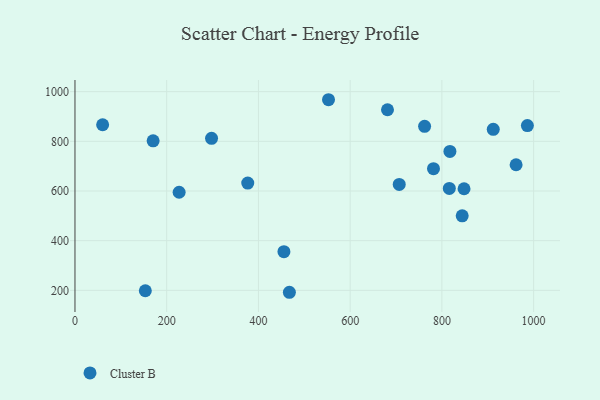
{"axis": {"x": "Price", "y": "Exam Score"}, "legend": ["Cluster B"], "data": [{"x": "552.8", "y": 967.5, "type": "Cluster B"}, {"x": "817.5", "y": 759.5, "type": "Cluster B"}, {"x": "170.4", "y": 802.1, "type": "Cluster B"}, {"x": "816.2", "y": 610.5, "type": "Cluster B"}, {"x": "912.0", "y": 848.4, "type": "Cluster B"}, {"x": "60.3", "y": 866.8, "type": "Cluster B"}, {"x": "297.8", "y": 812.2, "type": "Cluster B"}, {"x": "376.7", "y": 631.8, "type": "Cluster B"}, {"x": "986.4", "y": 863.6, "type": "Cluster B"}, {"x": "781.7", "y": 690.0, "type": "Cluster B"}, {"x": "153.4", "y": 198.4, "type": "Cluster B"}, {"x": "681.4", "y": 927.2, "type": "Cluster B"}, {"x": "844.3", "y": 500.1, "type": "Cluster B"}, {"x": "961.8", "y": 705.6, "type": "Cluster B"}, {"x": "467.5", "y": 192.2, "type": "Cluster B"}, {"x": "227.1", "y": 594.9, "type": "Cluster B"}, {"x": "707.0", "y": 626.4, "type": "Cluster B"}, {"x": "762.3", "y": 860.4, "type": "Cluster B"}, {"x": "455.6", "y": 355.8, "type": "Cluster B"}, {"x": "848.3", "y": 609.1, "type": "Cluster B"}]}